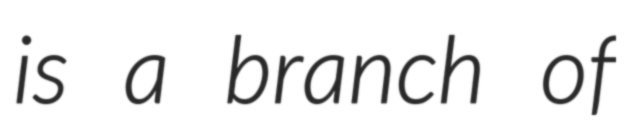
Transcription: is a branch of